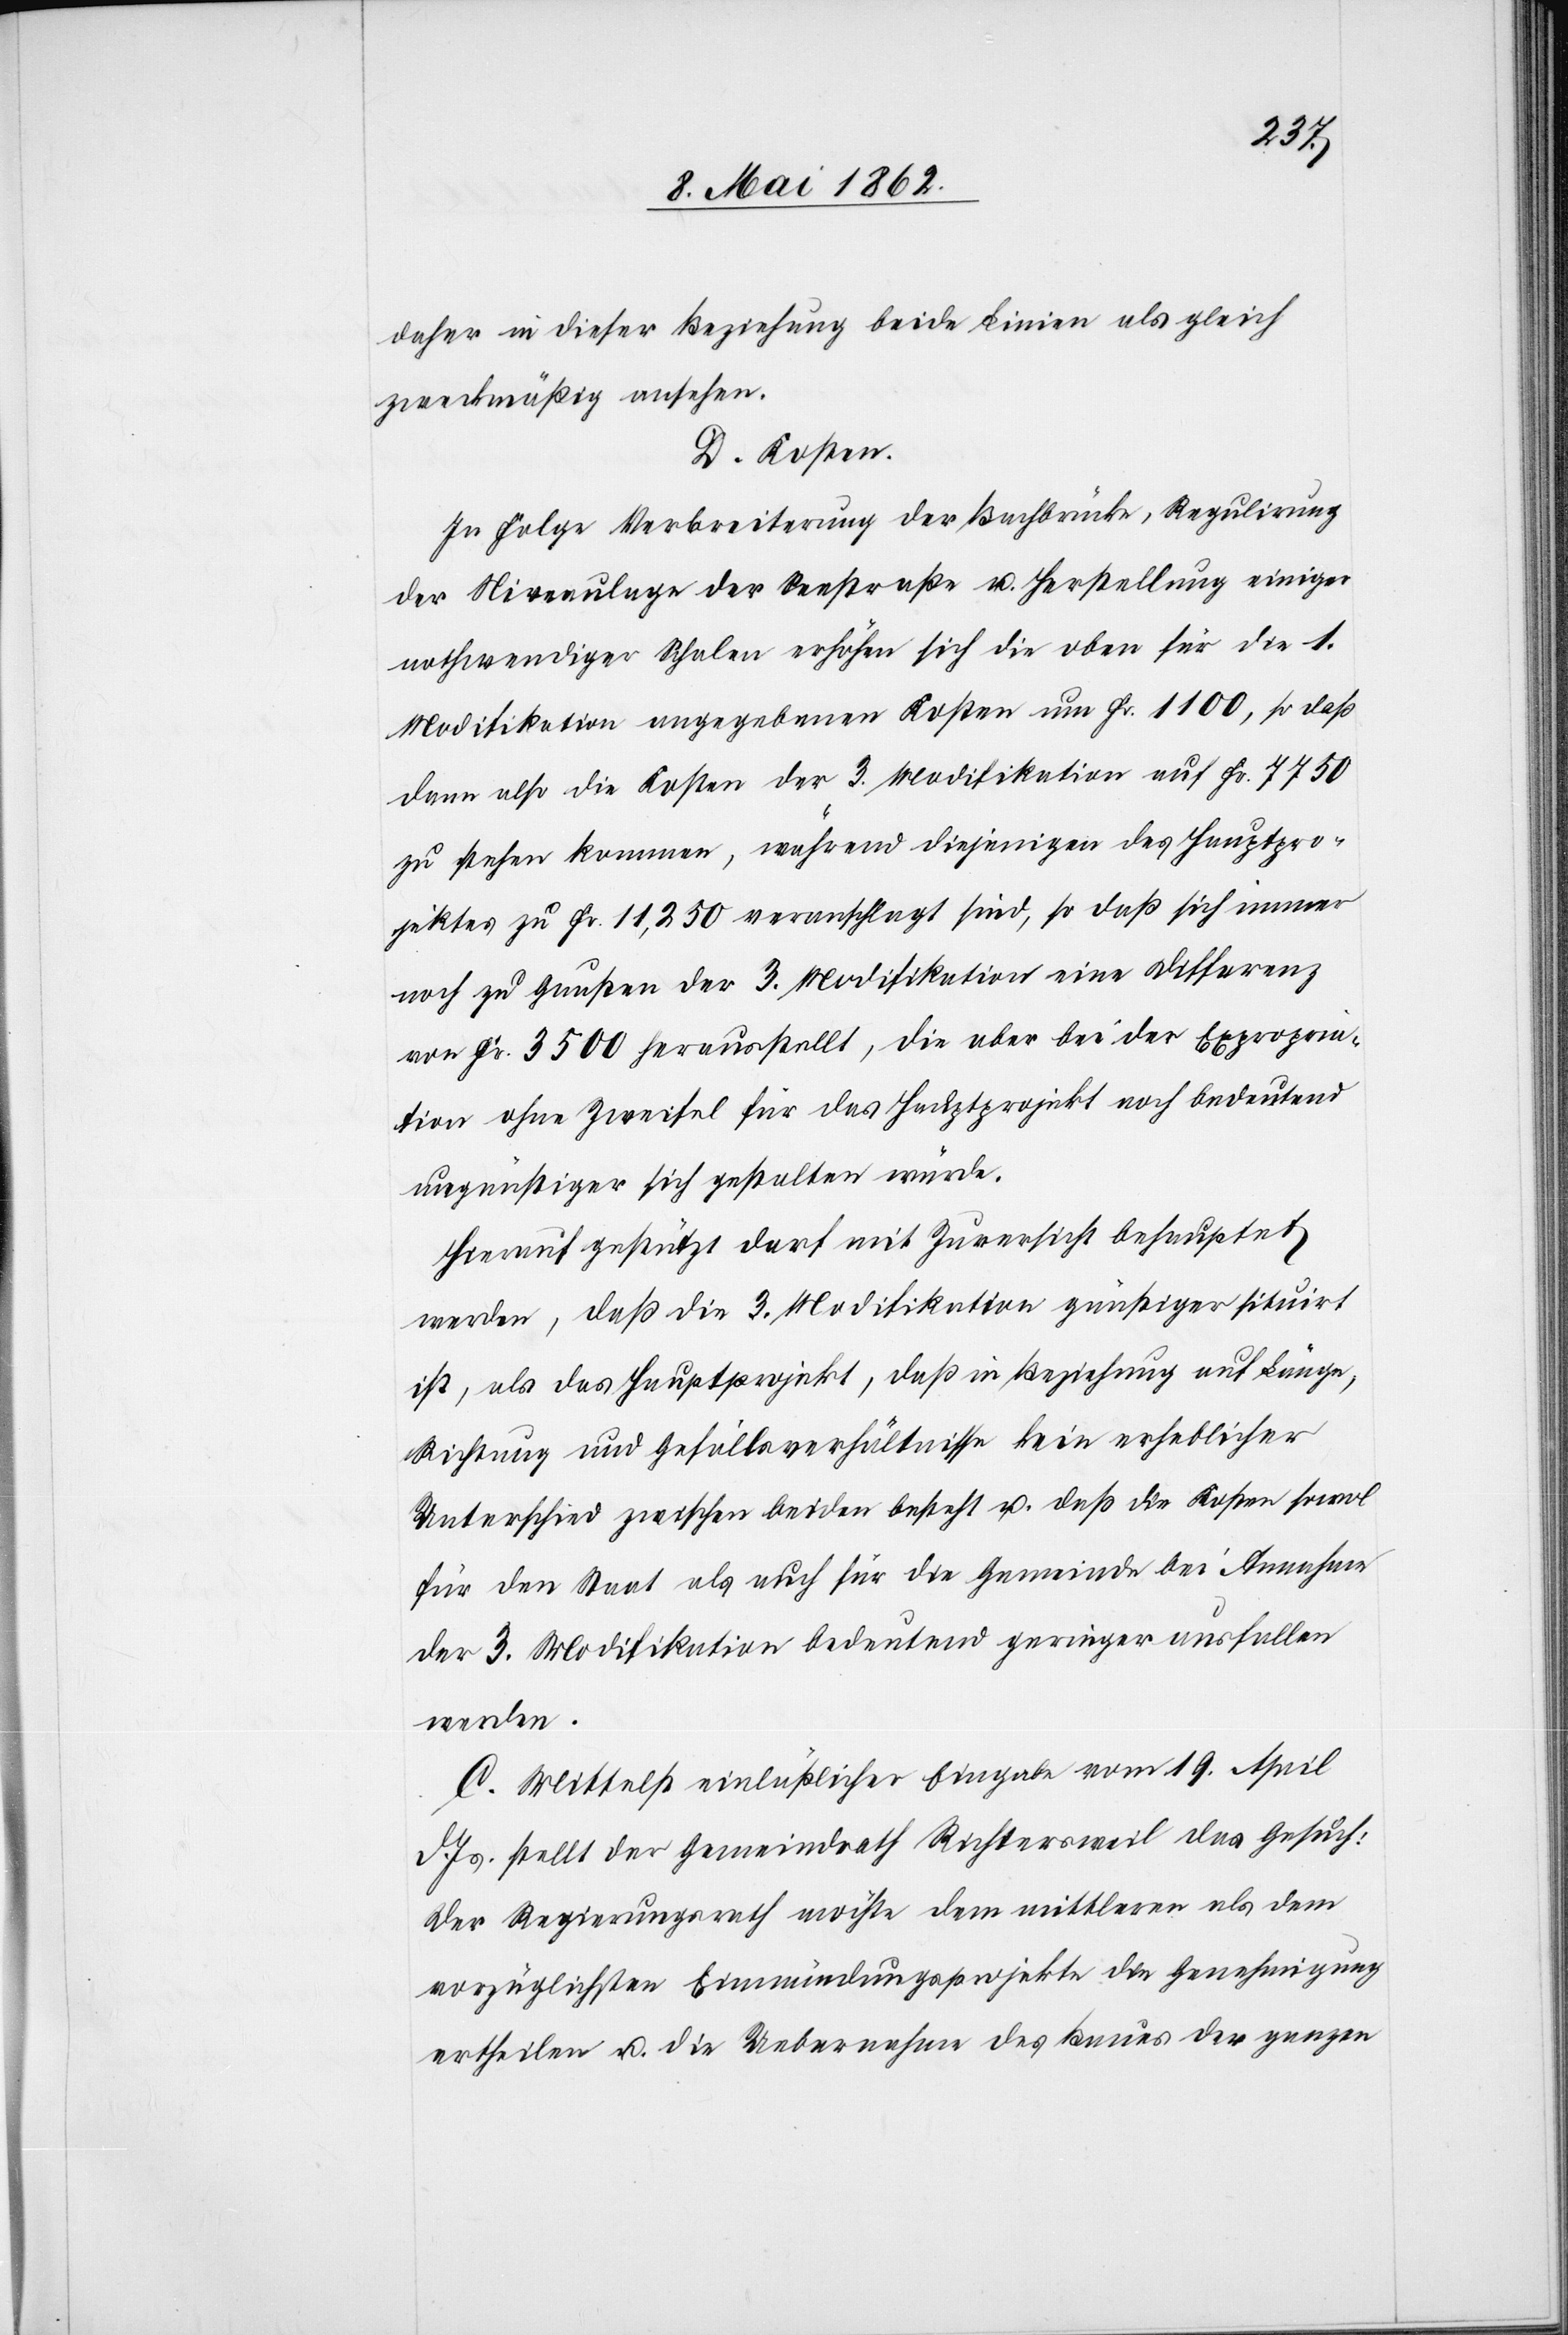
daher in dieser Beziehung beide Linien als gleich
zweckmäßig ansehen.
D. Kosten.
In Folge Verbreiterung der Bachbrücke, Regulirung
der Niveaulage der Seestraße u. Herstellung einiger
nothwendiger Schalen erhöhen sich die oben für die 1.
Modifikation angegebenen Kosten um Fr. 1100, so daß
dann also die Kosten der 3. Modifikation auf Fr. 7750
zu stehen kommen, während diejenigen des Hauptpro¬
jektes zu Fr. 11,250 veranschlagt sind, so daß sich immer
noch zu Gunsten der 3. Modifikation eine Differenz
von Fr. 3500 herausstellt, die aber bei der Expropria¬
tion ohne Zweifel für das Hauptprojekt noch bedeutend
ungünstiger sich gestalten würde.
Hierauf gestützt darf mit Zuversicht behauptet
werden, daß die 3. Modifikation günstiger situirt
ist, als das Hauptprojekt, daß in Beziehung auf Länge,
Richtung und Gefällsverhältnisse kein erheblicher
Unterschied zwischen beiden besteht u. daß die Kosten sowol
für den Staat als auch für die Gemeinde bei Annahme
der 3. Modifikation bedeutend geringer ausfallen
werden.
C. Mittelst einläßlicher Eingabe vom 19. April
d. Js. stellt der Gemeindrath Richtersweil das Gesuch:
Der Regierungsrath möchte dem mittleren als dem
vorzüglichsten Einmündungsprojekte die Genehmigung
ertheilen u. die Uebernahme des Baues der ganzen